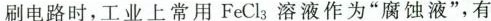
刷电路时，工业上常用FeCl_{3}溶液作为”腐蚀液”，有